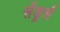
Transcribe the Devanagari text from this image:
सेंड्रर्स